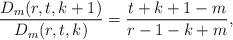
LaTeX: \begin{align*}\frac{D_m(r,t,k+1)}{D_m(r,t,k)}=\frac{t+k+1-m}{r-1-k+m},\end{align*}